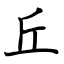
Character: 丘